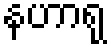
နဟာရု